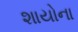
શાયોના